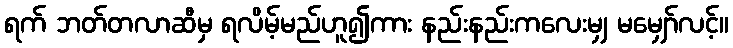
ရက် ဘတ်တလာဆီမှ ရလိမ့်မည်ဟူ၍ကား နည်းနည်းကလေးမျှ မမျှော်လင့်။